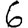
Digit: 6